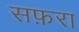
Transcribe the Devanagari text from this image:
सफ़रा